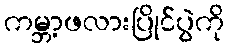
ကမ္ဘာ့ဖလားပြိုင်ပွဲကို